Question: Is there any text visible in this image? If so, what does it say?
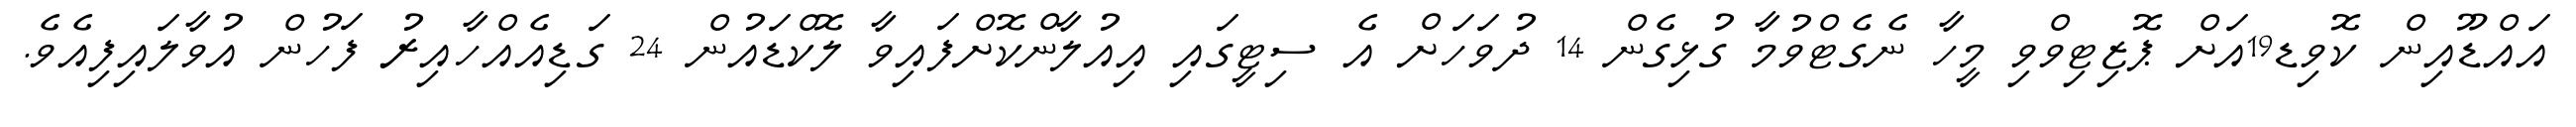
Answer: އައްޑޫއިން ކޮވިޑ19އަށް ޕޮޒިޓިވްވި މީހާ ނެގެޓްވުމާ ގުޅިގެން 14 ދުވަހަށް އެ ސިޓީގައި އިއުލާންކޮށްފައިވާ ލޮކްޑައުން 24 ގަޑިއެއްހާއިރު ފަހުން އުވާލައިފިއެވެ.